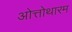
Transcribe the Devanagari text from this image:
ओत्तोथारम